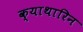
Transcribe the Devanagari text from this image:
क्याथारिन